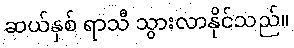
ဆယ်နှစ် ရာသီ သွားလာနိုင်သည်။